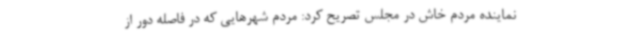
نماینده مردم خاش در مجلس تصریح کرد: مردم شهرهایی که در فاصله دور از